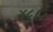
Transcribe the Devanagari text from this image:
४८।।